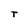
Character: t